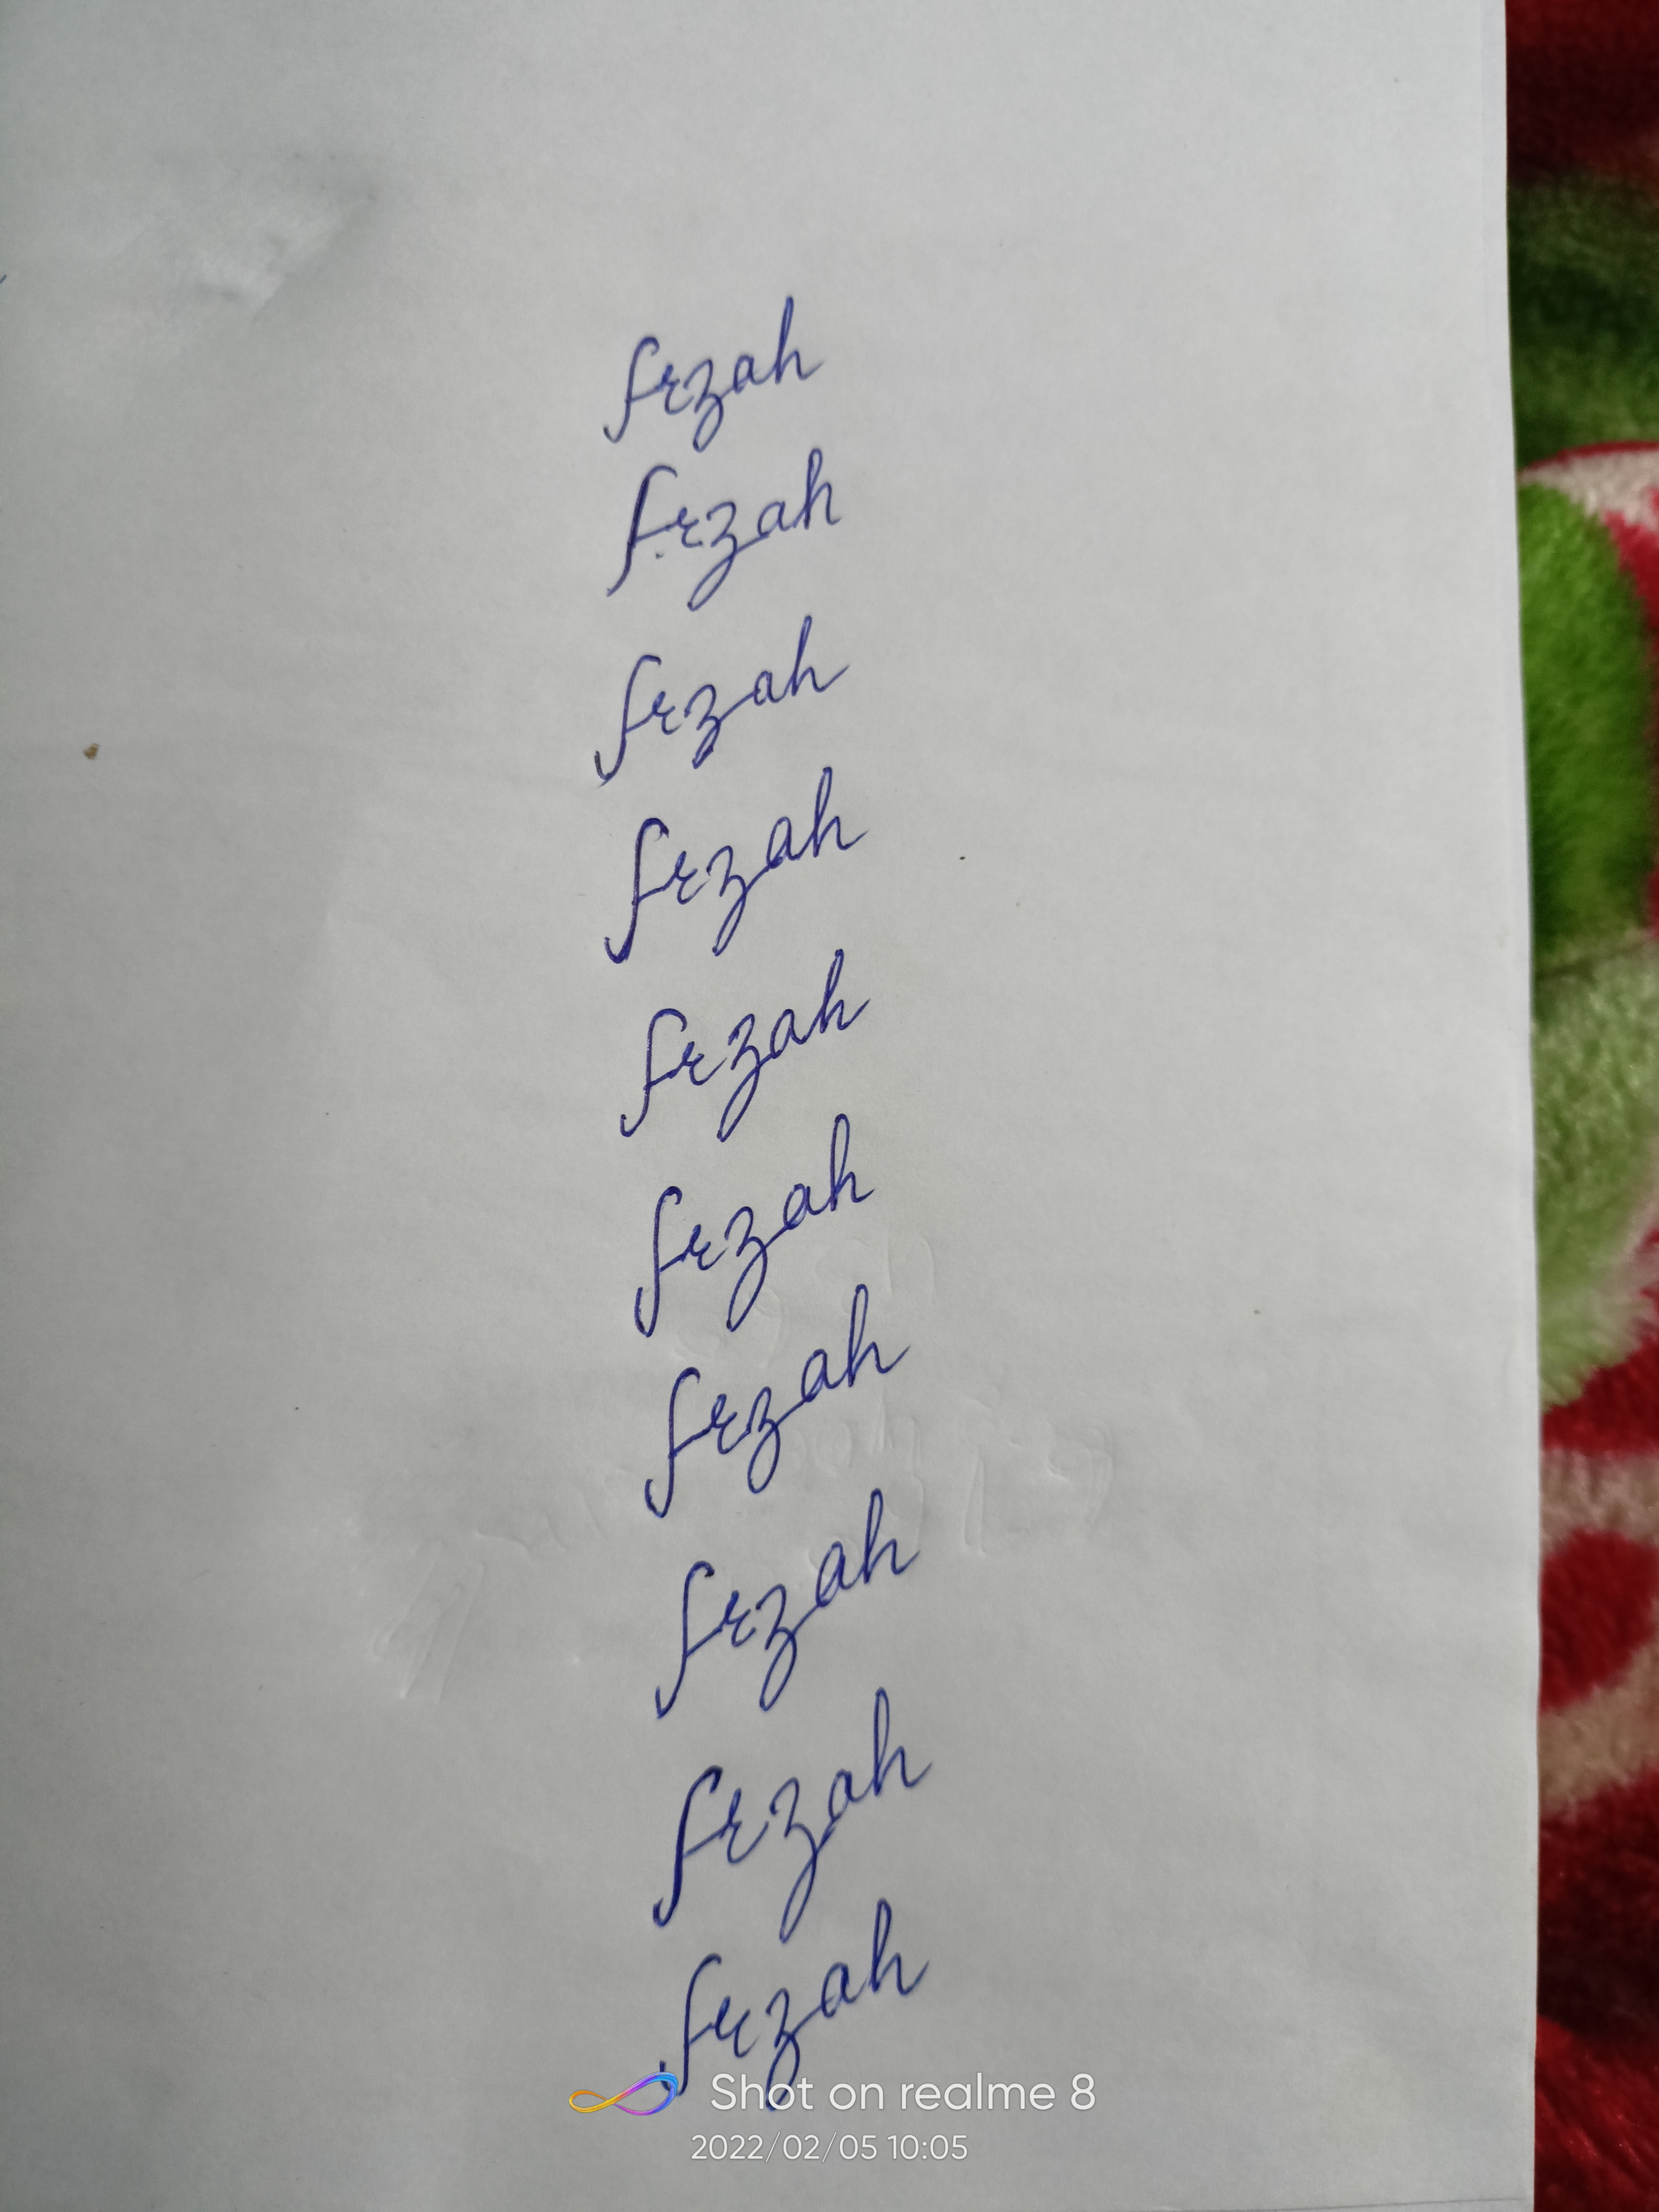
Signature authenticity: forged